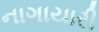
નાગાયારી